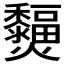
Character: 𤓞